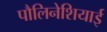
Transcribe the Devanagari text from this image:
पौलिनेशियाई